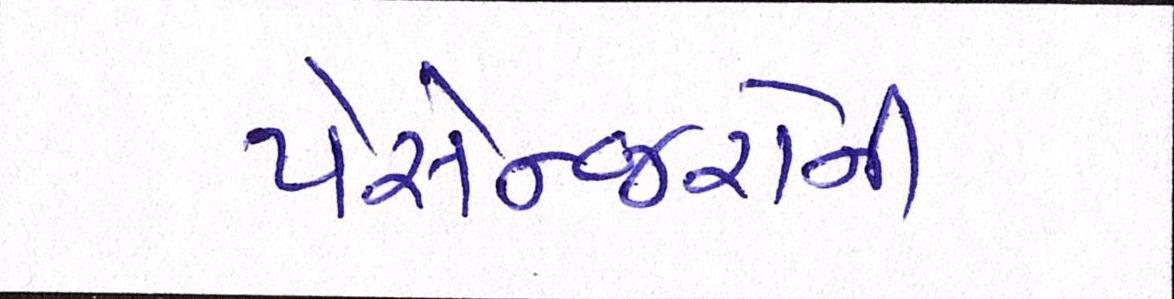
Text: પેસેન્જરોની